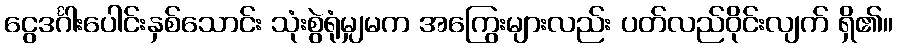
ငွေဒင်္ဂါးပေါင်းနှစ်သောင်း သုံးစွဲရုံမျှမက အကြွေးများလည်း ပတ်လည်ဝိုင်းလျက် ရှိ၏။